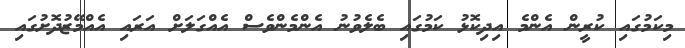
މިކަމުގައި ކުރީން އެންމެ އިދިކޮޅު ކަމުގައި ބެލެވުނު އެންމެންވެސް އެއްގަލަށް އަރައި އެއްމޭޒުދޮށުގައި